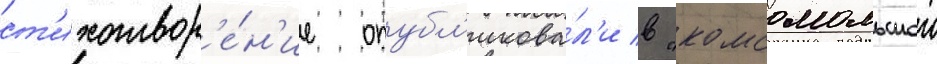
ст'ихотвор'е́н'ие опубл'икова́л'и в "комсомольскои